65_HS1-834228961_62-HQ-83894_Section_6
Agency: FBI
Page 68
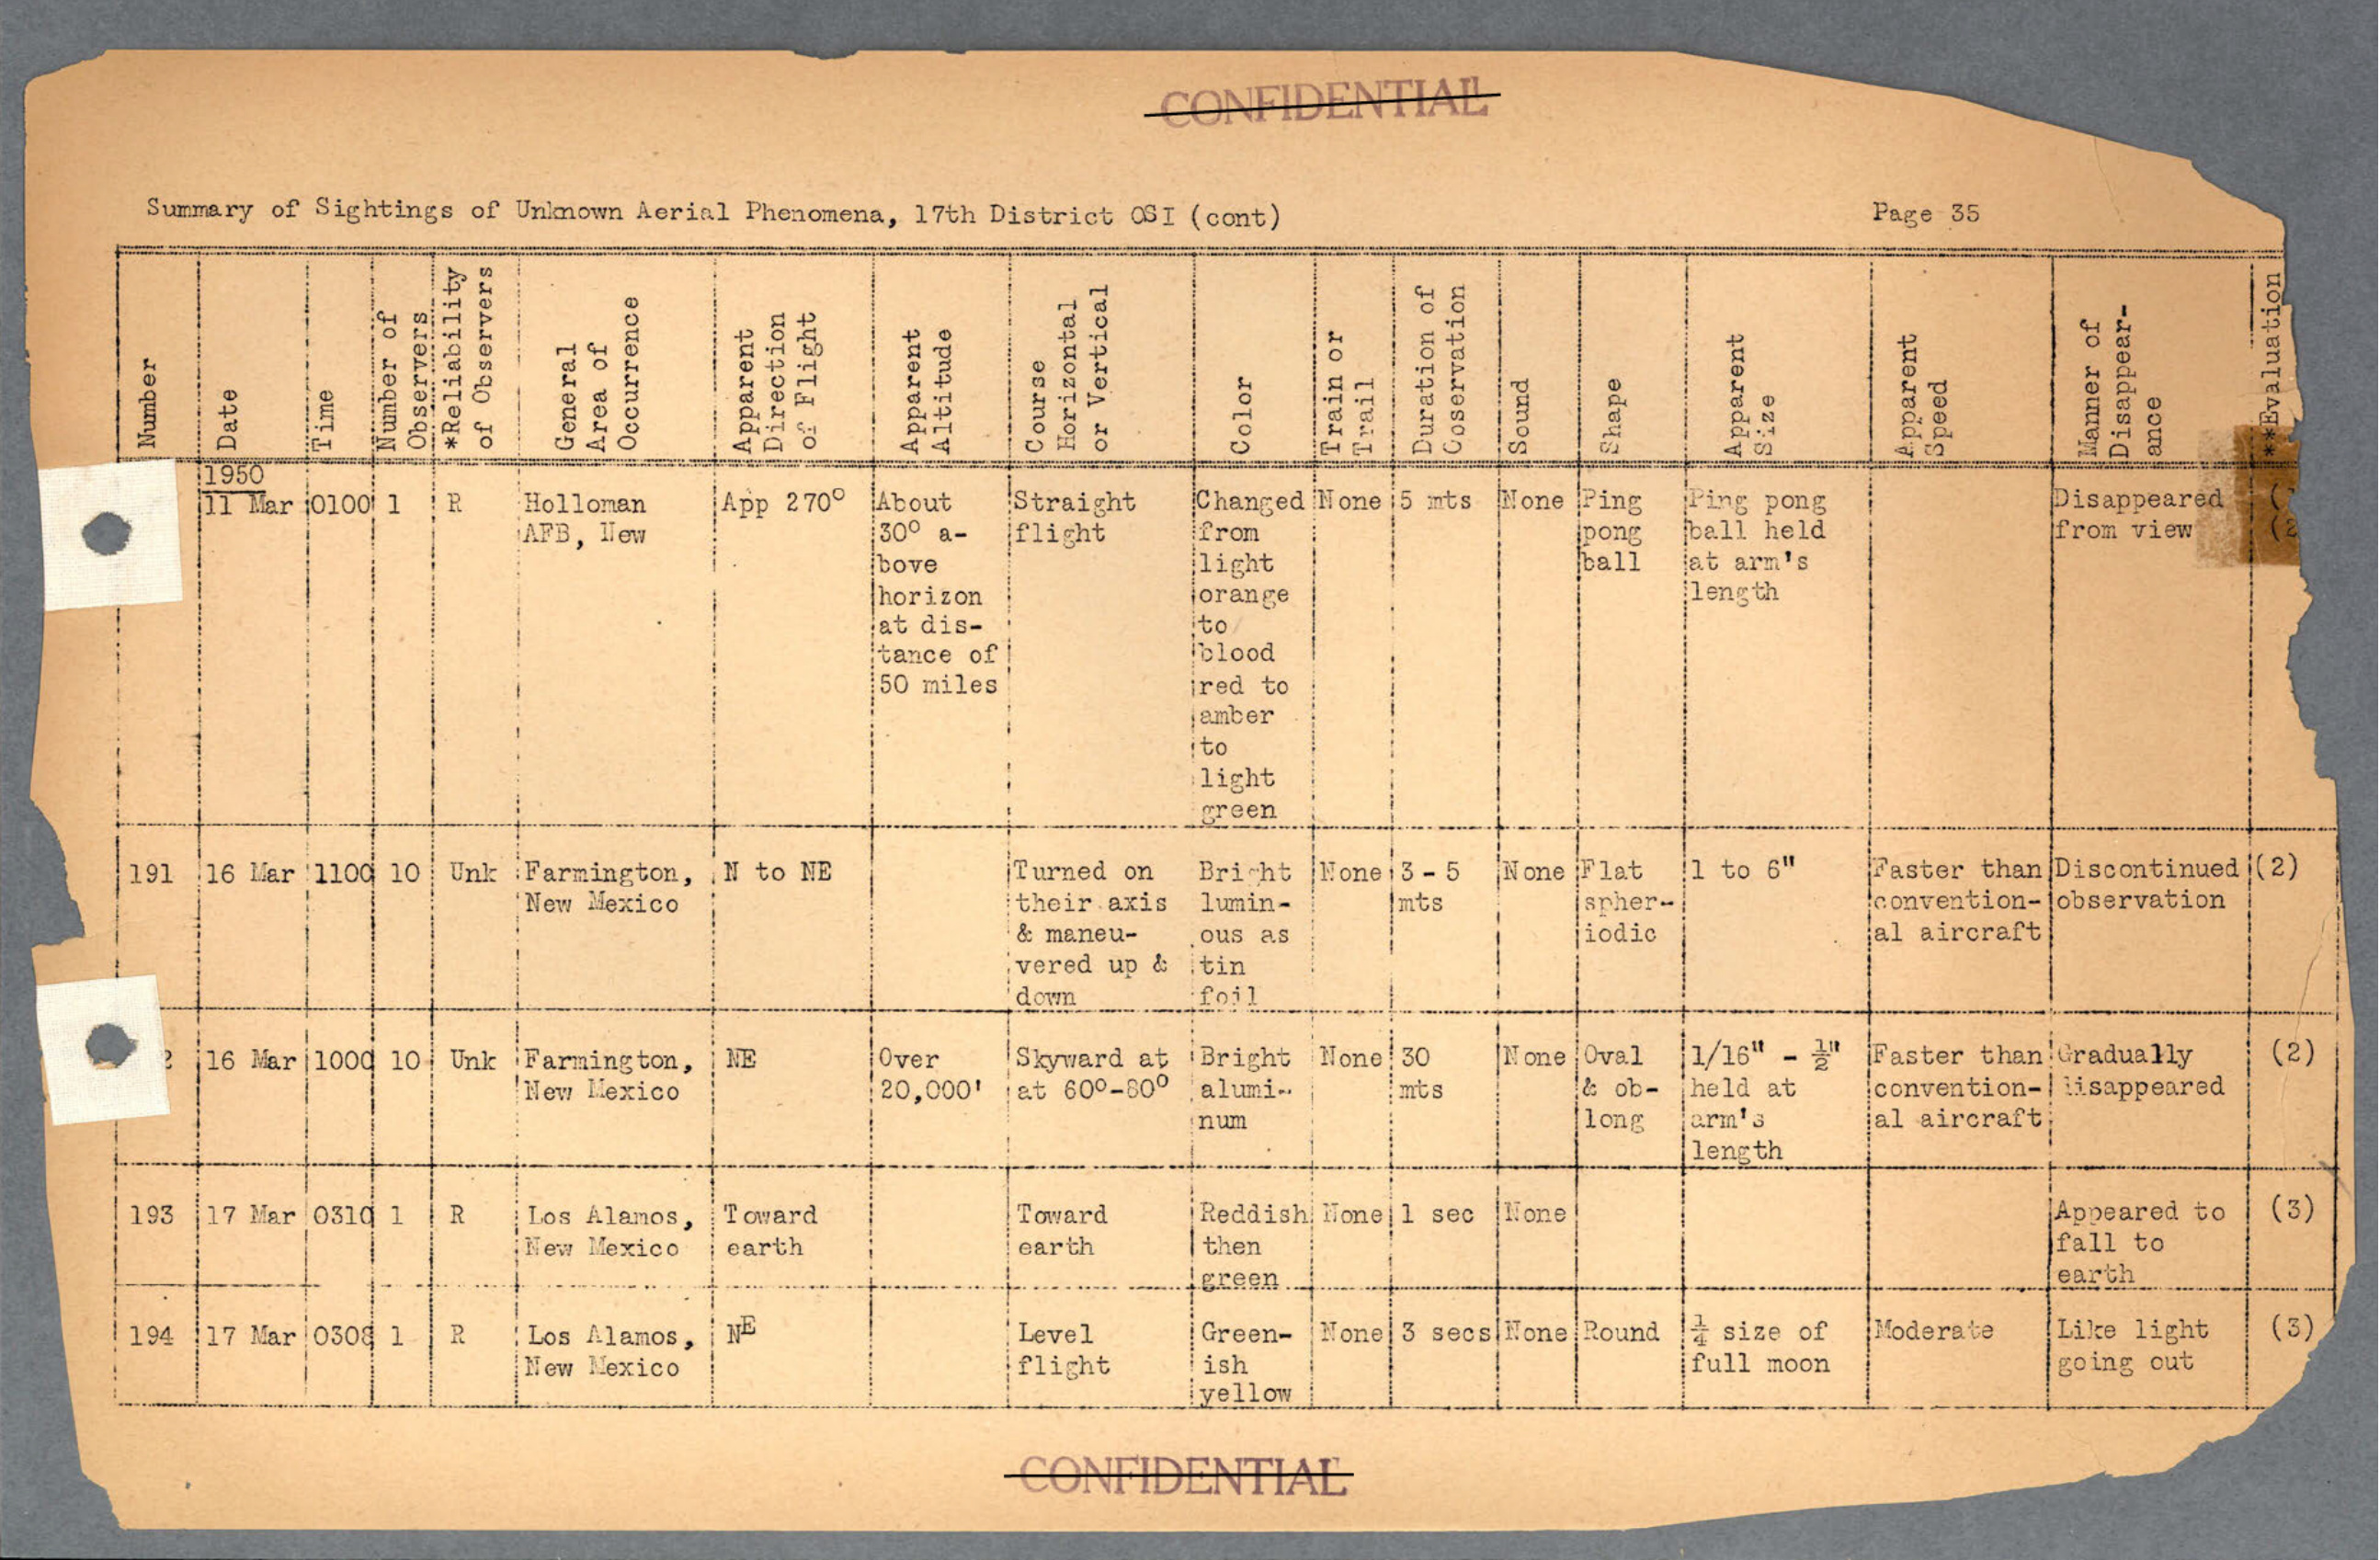